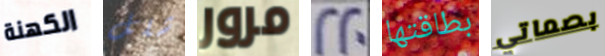
الكهنة شلل مرور 220 بطاقتها بصماتي